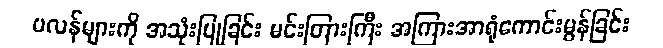
ပလန်များကို အသုံးပြုခြင်း မင်းတြားကြီး အကြားအာရုံကောင်းမွန်ခြင်း